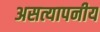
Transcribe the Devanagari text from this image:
असत्यापनीय